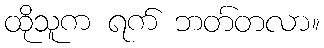
ထိုသူက ရက် ဘတ်တလာ။